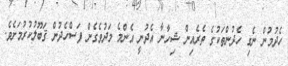
ހެދުމުން ނެގި ހެދުންތަކުގެ ތެރެއިން ޝިހާނާ އެދުނީ އެންމެ މަދުވެގެން ފަސްހެދުން ޤަބޫލުކުރުމަށެވެ.